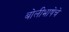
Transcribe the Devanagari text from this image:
बोलीभाषेचे